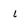
Character: i